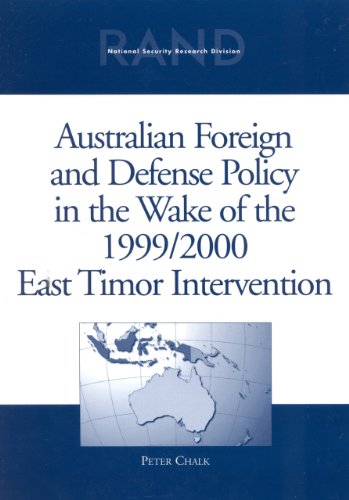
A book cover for Australian Foreign and Defense Policy in the Wake of the 1999/2000 East Timor Intervention; Peter Chalk; Biographies & Memoirs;